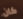
كان